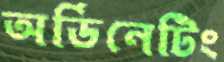
অর্ডিনেটিং